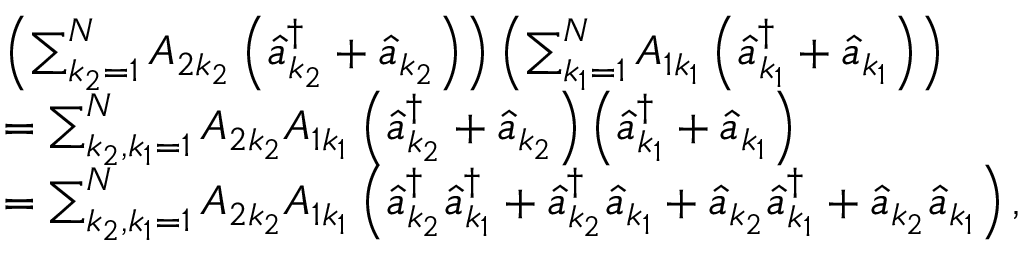
\begin{array} { r l } & { \left( \sum _ { k _ { 2 } = 1 } ^ { N } A _ { 2 k _ { 2 } } \left( \hat { a } _ { k _ { 2 } } ^ { \dagger } + \hat { a } _ { k _ { 2 } } \right) \right) \left( \sum _ { k _ { 1 } = 1 } ^ { N } A _ { 1 k _ { 1 } } \left( \hat { a } _ { k _ { 1 } } ^ { \dagger } + \hat { a } _ { k _ { 1 } } \right) \right) } \\ & { = \sum _ { k _ { 2 } , k _ { 1 } = 1 } ^ { N } A _ { 2 k _ { 2 } } A _ { 1 k _ { 1 } } \left( \hat { a } _ { k _ { 2 } } ^ { \dagger } + \hat { a } _ { k _ { 2 } } \right) \left( \hat { a } _ { k _ { 1 } } ^ { \dagger } + \hat { a } _ { k _ { 1 } } \right) } \\ & { = \sum _ { k _ { 2 } , k _ { 1 } = 1 } ^ { N } A _ { 2 k _ { 2 } } A _ { 1 k _ { 1 } } \left( \hat { a } _ { k _ { 2 } } ^ { \dagger } \hat { a } _ { k _ { 1 } } ^ { \dagger } + \hat { a } _ { k _ { 2 } } ^ { \dagger } \hat { a } _ { k _ { 1 } } + \hat { a } _ { k _ { 2 } } \hat { a } _ { k _ { 1 } } ^ { \dagger } + \hat { a } _ { k _ { 2 } } \hat { a } _ { k _ { 1 } } \right) , } \end{array}